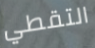
التقطي